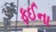
ફઈના